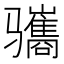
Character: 𫘱